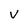
Character: v